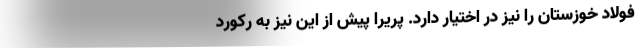
فولاد خوزستان را نیز در اختیار دارد. پریرا پیش از این نیز به رکورد